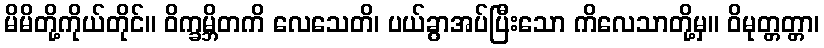
မိမိတို့ကိုယ်တိုင်။ ဝိက္ခမ္ဘိတကိ လေသေတိ၊ ပယ်ခွာအပ်ပြီးသော ကိလေသာတို့မှ။ ဝိမုတ္တတ္တာ၊